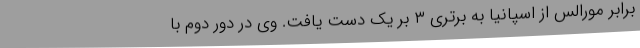
برابر مورالس از اسپانیا به برتری ۳ بر یک دست یافت. وی در دور دوم با